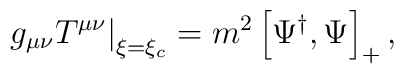
\left.g_{\mu\nu}T^{\mu\nu}\right|_{\xi=\xi_c}=m^2\left[\Psi^\dag,\Psi\right]_+,